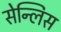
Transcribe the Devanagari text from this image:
सेन्लिस